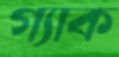
গ্যাক